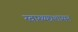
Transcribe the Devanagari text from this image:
स्वास्थ्यप्रशासन